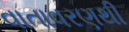
વાતાવરણથી